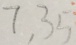
7 , 3 5